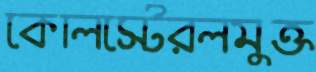
কোলস্টেরলমুক্ত